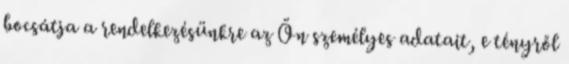
bocsátja a rendelkezésünkre az Ön személyes adatait, e tényről